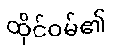
ထိုင်ဝမ်၏